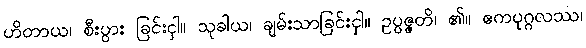
ဟိတာယ၊ စီးပွား ခြင်းငှါ။ သုခါယ၊ ချမ်းသာခြင်းငှါ။ ဥပ္ပဇ္ဇတိ၊ ၏။ ဧကပုဂ္ဂလဿ၊